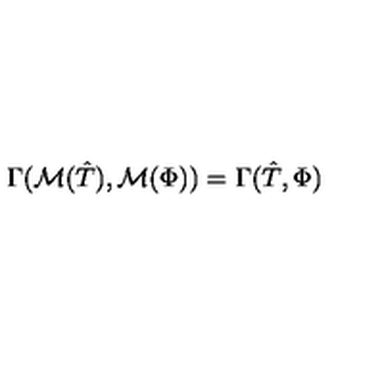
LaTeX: \Gamma ( \mathcal { M } ( \hat { T } ) , \mathcal { M } ( \Phi ) ) = \Gamma ( \hat { T } , \Phi )